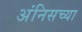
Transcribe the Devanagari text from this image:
अंनिसच्या